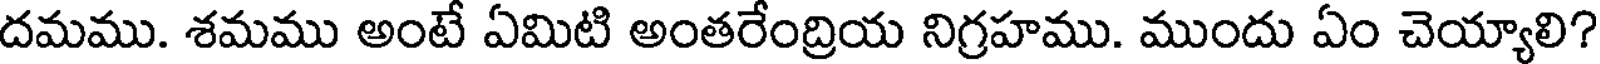
దమము. శమము అంటే ఏమిటి అంతరేంద్రియ నిగ్రహము. ముందు ఏం చెయ్యాలి?